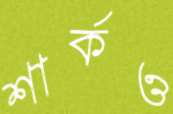
শার্কও